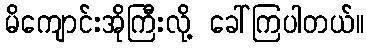
မိကျောင်းအိုကြီးလို့ ခေါ်ကြပါတယ်။